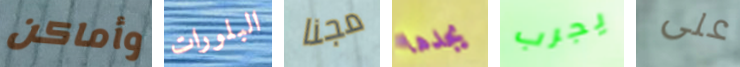
وأماكن البلورات مجنا يجدها يجرب على